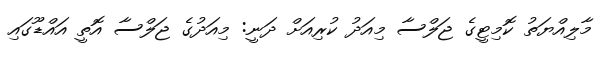
މާލިއްޔަތު ކޮމިޓީގެ ޖަލްސާ މިއަދު ކުރިއަށް ދަނީ: މިއަދުގެ ޖަލްސާ އޮތީ އައްޑޫގައި